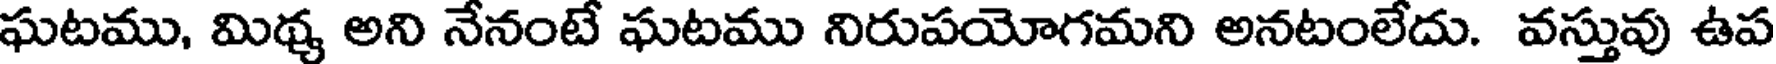
ఘటము, మిథ్య అని నేనంటే ఘటము నిరుపయోగమని అనటంలేదు. వస్తువు ఉప